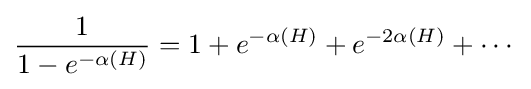
{\frac {1}{1-e^{-\alpha (H)}}}=1+e^{-\alpha (H)}+e^{-2\alpha (H)}+\cdots